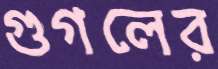
গুগলের